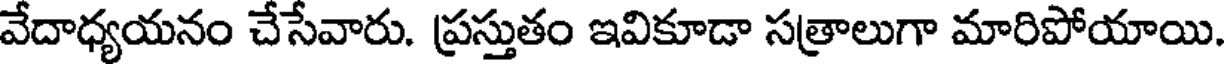
వేదాధ్యయనం చేసేవారు. ప్రస్తుతం ఇవికూడా సత్రాలుగా మారిపోయాయి.